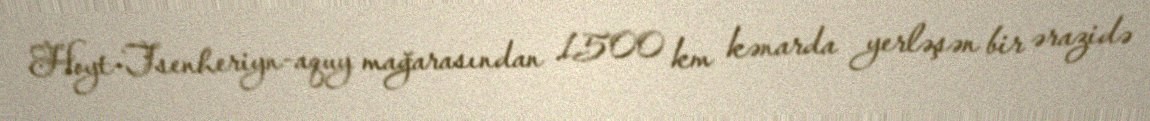
Hoyt-Tsenheriyn-aquy mağarasından 1500 km kənarda yerləşən bir ərazidə